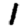
Digit: 1